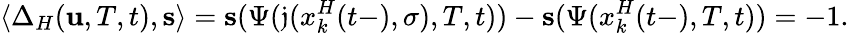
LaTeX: \langle\Delta_{H}(\mathbf{u},T,t),\mathbf{{s}}\rangle=\mathbf{{s}}(\Psi(\mathfrak{{j}}(x_{k}^{H}(t-),\sigma),T,t))-\mathbf{{s}}(\Psi(x_{k}^{H}(t-),T,t))=-1.